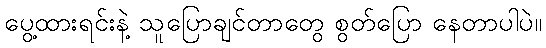
ပွေ့ထားရင်းနဲ့ သူပြောချင်တာတွေ စွတ်ပြော နေတာပါပဲ။